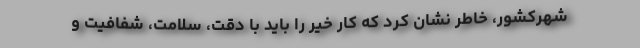
شهرکشور، خاطر نشان کرد که کار خیر را باید با دقت، سلامت، شفافیت و